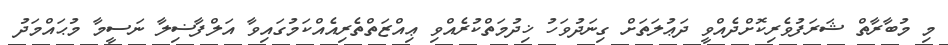
މި މުބާރާތް ޝަރަފުވެރިކޮށްދެއްވީ ދަޢުލަތަށް ގިނަދުވަހު ޚިދުމަތްކުރެއްވި ޢިއްޒަތްތެރިއެއްކަމުގައިވާ އަލްފާޟިލާ ނަސީމާ މުޙައްމަދު